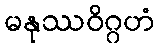
မနုဿဝိဂ္ဂဟံ